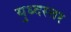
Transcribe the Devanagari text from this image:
युध्दस्तर